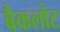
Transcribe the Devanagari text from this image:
बैकलोट